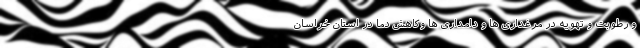
و رطوبت و تهویه در مرغداری ها و دامداری ها وکاهش دما در استان خراسان